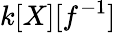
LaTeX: k[X][f^{-1}]